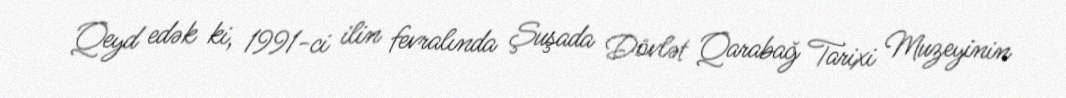
Qeyd edək ki, 1991-ci ilin fevralında Şuşada Dövlət Qarabağ Tarixi Muzeyinin